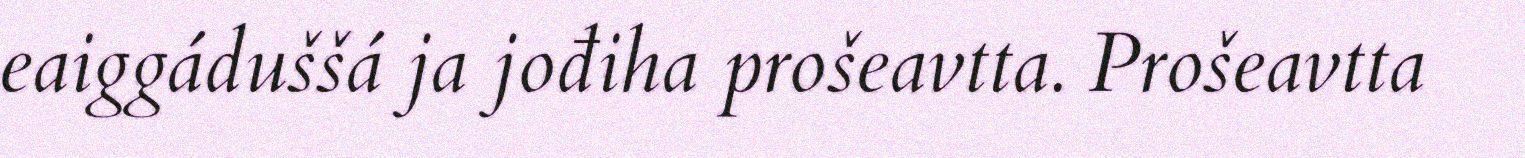
eaiggáduššá ja jođiha prošeavtta. Prošeavtta